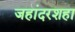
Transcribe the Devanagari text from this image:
जहांदरशहा